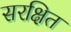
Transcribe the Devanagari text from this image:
सरक्षित